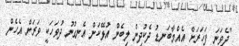
"ދެވަނަ ފަހަރަށް އެއްމާބަނޑު ދެކުދިން ލިބެން އުޅޭކަން އެނގުނު ދުވަހަކީ ވަރަށް އެހެން